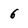
Character: 6